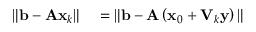
\begin{array} { r l } { \| \mathbf { b } - \mathbf { A x } _ { k } \| } & { { } = \| \mathbf { b } - \mathbf { A } \left( \mathbf { x } _ { 0 } + \mathbf { V } _ { k } \mathbf { y } \right) \| } \end{array}